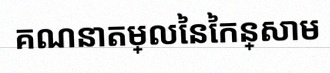
គណនាតម្លៃនៃកន្សោម